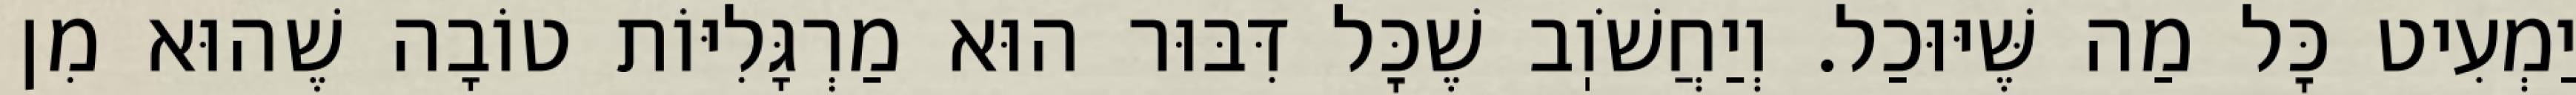
יַמְעִיט כׇּל מַה שֶּׁיּוּכַל. וְיַחֲשֹׁוֽב שֶׁכׇּל דִּבּוּר הוּא מַרְגָּלִיּוֹת טוֹבָה שֶׁהוּא מִן